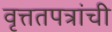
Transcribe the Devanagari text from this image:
वृत्ततपत्रांची